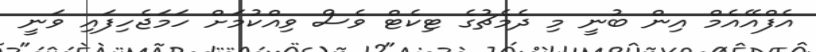
އެފްއޭއެމް އިން ބުނީ މި ދެމެޗުގެ ޓިކެޓް ވެސް ވިއްކުމަށް ހަމަޖެހިފައި ވަނީ